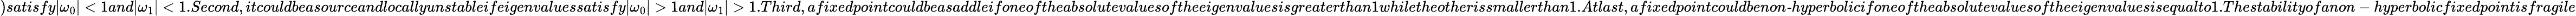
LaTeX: )satisfy|\omega_{0}|<1and|\omega_{1}|<1.Second,itcouldbea\textit{source}andlocallyunstableifeigenvaluessatisfy|\omega_{0}|>1and|\omega_{1}|>1.Third,afixedpointcouldbea\textit{saddle}ifoneoftheabsolutevaluesoftheeigenvaluesisgreaterthan1whiletheotherissmallerthan1.Atlast,afixedpointcouldbe\textit{non-hyperbolic}ifoneoftheabsolutevaluesoftheeigenvaluesisequalto1.Thestabilityofanon-hyperbolicfixedpointisfragile